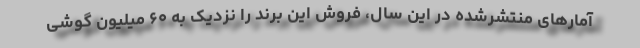
آمارهای منتشرشده در این سال، فروش این برند را نزدیک به ۶۰ میلیون گوشی